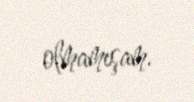
olmamışam.